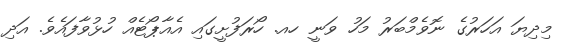
މިދިޔަ އަހަރުގެ ނޮވެމްބަރު މަހު ވަނީ ހއ. ހޯރަފުށީގައި އެއާޕޯޓެއް ހުޅުވާފައެވެ. އަދި